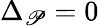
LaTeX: \Delta_{\mathscr{P}}=0